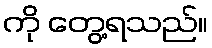
ကို တွေ့ရသည်။